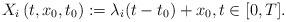
LaTeX: \begin{align*}X_i\left(t, x_{0}, t_{0}\right) := \lambda_i(t-t_{0})+x_{0}, t \in[0, T].\end{align*}